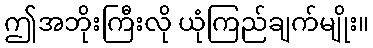
ဤအဘိုးကြီးလို ယုံကြည်ချက်မျိုး။